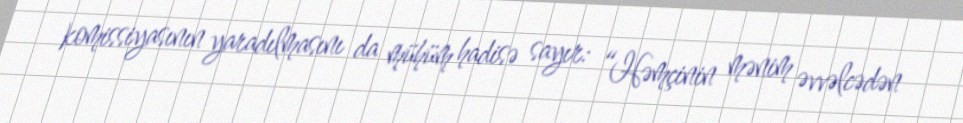
komissiyasının yaradılmasını da mühüm hadisə sayır: “Həmçinin mənim əvvəlcədən